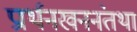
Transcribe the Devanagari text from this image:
प्रार्थनखननंतथा